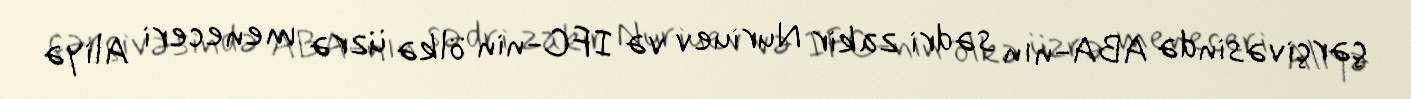
çərçivəsində ABA-nın sədri zakir Nuriuev və IFC-nin ölkə üzrə meneceri Aliyə